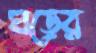
ঘড়ের